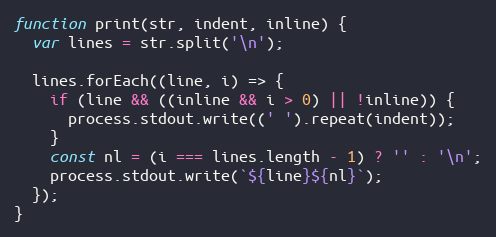
Language: JavaScript
function print(str, indent, inline) {
  var lines = str.split('\n');

  lines.forEach((line, i) => {
    if (line && ((inline && i > 0) || !inline)) {
      process.stdout.write((' ').repeat(indent));
    }
    const nl = (i === lines.length - 1) ? '' : '\n';
    process.stdout.write(`${line}${nl}`);
  });
}